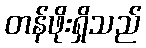
တန်ဖိုးရှိသည်